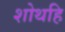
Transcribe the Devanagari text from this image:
शोथहि